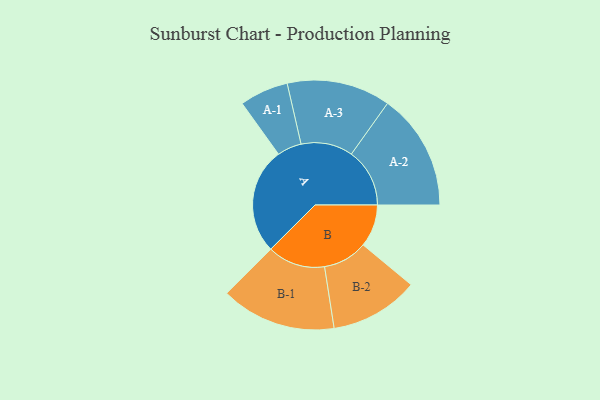
{"axis": {"x": "Segment", "y": "Value"}, "legend": ["", "A", "B"], "data": [{"x": "A", "y": 488, "type": ""}, {"x": "B", "y": 195, "type": ""}, {"x": "A-1", "y": 112, "type": "A"}, {"x": "A-2", "y": 268, "type": "A"}, {"x": "A-3", "y": 238, "type": "A"}, {"x": "B-1", "y": 265, "type": "B"}, {"x": "B-2", "y": 204, "type": "B"}]}